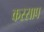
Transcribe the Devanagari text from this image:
कस्साप